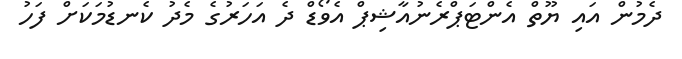
ދެމުން އައި ޔޫތް އެންޓަޕްރެނުއާޝިޕް އެވޯޑް ދެ އަހަރުގެ މެދު ކެނޑުމަކަށް ފަހު